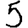
Digit: 5